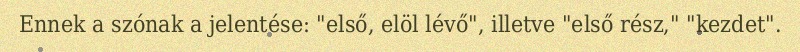
Ennek a szónak a jelentése: "első, elöl lévő", illetve "első rész," "kezdet".